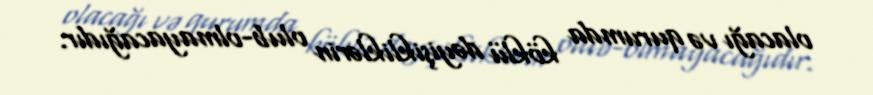
olacağı və qurumda köklü dəyişikliklərin olub-olmayacağıdır.